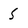
Character: s